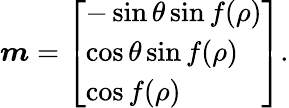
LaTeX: \begin{array}{r}{{\boldsymbol{m}}=\left[\begin{array}{l}{-\sin\theta\sin f(\rho)}\\ {\cos\theta\sin f(\rho)}\\ {\cos f(\rho)}\end{array}\right].}\end{array}